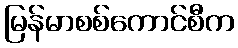
မြန်မာစစ်ကောင်စီက